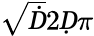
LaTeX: \sqrt Ḋ2Ḍ\pi